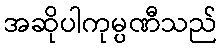
အဆိုပါကုမ္ပဏီသည်